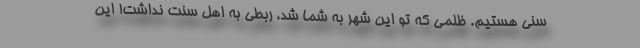
سُنی هستیم. ظلمی که تو این شهر به شما شد، ربطی به اهل سنت نداشت! این